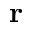
\mathbf { r }